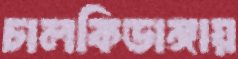
চালকিডাঙ্গায়